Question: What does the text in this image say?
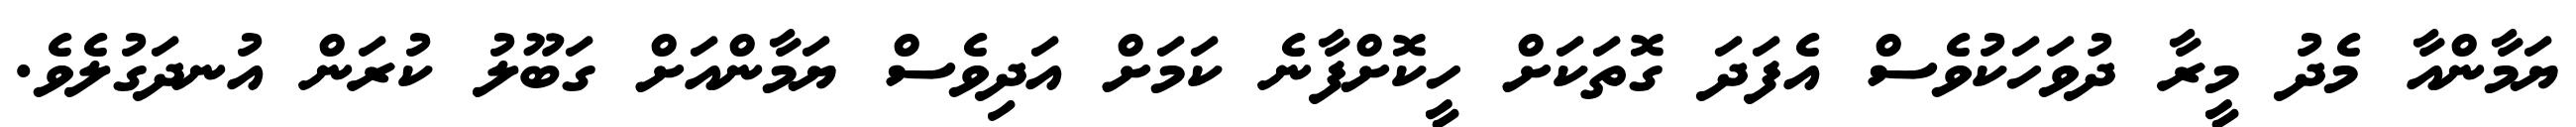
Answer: ޔަމާންއާ މެދު މީރާ ދުވަހަކުވެސް އެފަދަ ގޮތަކަށް ހީކޮށްފާނެ ކަމަށް އަދިވެސް ޔަމާންއަށް ގަބޫލު ކުރަން އުނދަގުލެވެ.